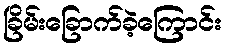
ခြိမ်းခြောက်ခဲ့ကြောင်း